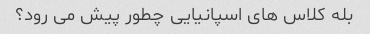
بله کلاس های اسپانیایی چطور پیش می رود؟